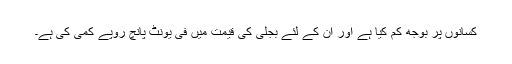
کسانوں پر بوجھ کم کیا ہے اور ان کے لئے بجلی کی قیمت میں فی یونٹ پانچ روپے کمی کی ہے۔